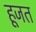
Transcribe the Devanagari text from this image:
हूजत